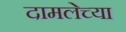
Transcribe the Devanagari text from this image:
दामलेच्या